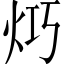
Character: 𤇤